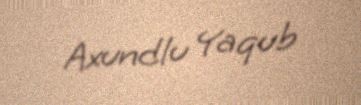
Axundlu Yaqub